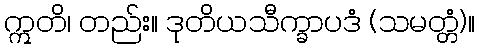
ဣတိ၊ တည်း။ ဒုတိယသီက္ခာပဒံ (သမတ္တံ)။